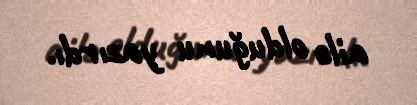
ailə olduğunu yazırdı.